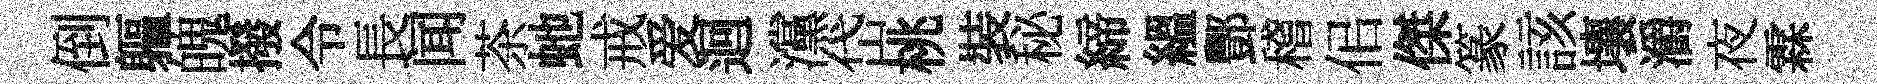
倒軀魄撥令長闻茶虵戒爱迴灙岱桃裝秘締緼酆稽佀傑篆該壤灂夜霖